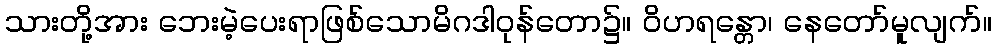
သားတို့အား ဘေးမဲ့ပေးရာဖြစ်သောမိဂဒါဝုန်တော၌။ ဝိဟရန္တော၊ နေတော်မူလျက်။